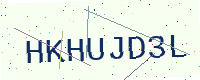
Text: HKHUJD3L